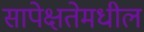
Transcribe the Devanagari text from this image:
सापेक्षतेमधील